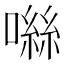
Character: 噝